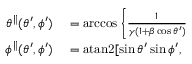
\begin{array} { r l } { \theta ^ { \parallel } ( \theta ^ { \prime } , \phi ^ { \prime } ) } & { { } = \operatorname { a r c c o s } \Bigg \{ \frac { 1 } { { \gamma ( 1 + \beta \cos \theta ^ { \prime } ) } } } \\ { \phi ^ { \parallel } ( \theta ^ { \prime } , \phi ^ { \prime } ) } & { { } = \mathrm { a t a n 2 } [ \sin \theta ^ { \prime } \sin \phi ^ { \prime } , } \end{array}